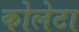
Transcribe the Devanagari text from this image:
कोलेटा